Insane asylums in Bengal annual reports 1867-1875 - 1867-1875
Year: 1867
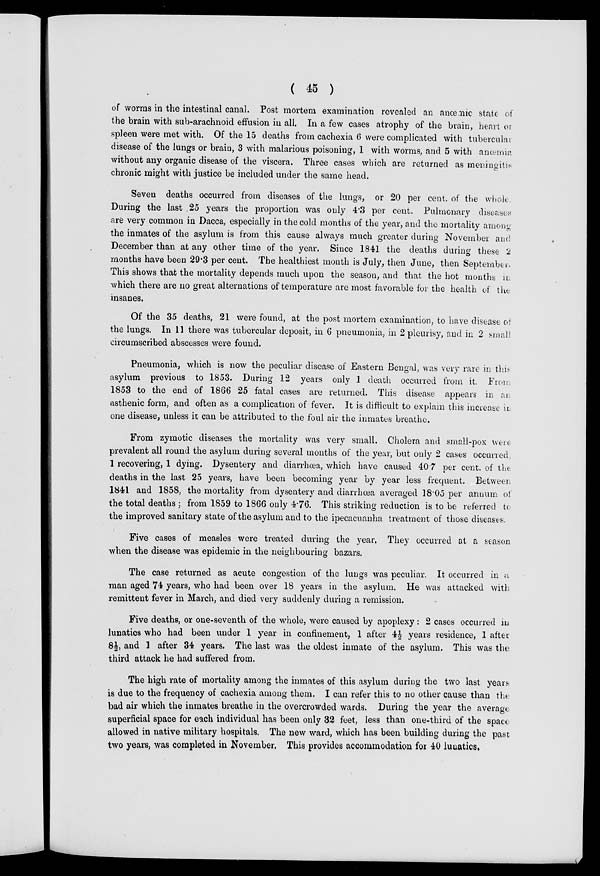
( 45 )
of worms in the intestinal canal. Post mortem examination revealed an anœmic state of
the brain with sub-arachnoid effusion in all. In a few cases atrophy of the brain, heart or
spleen were met with. Of the 15 deaths from cachexia 6 were complicated with tubercular
disease of the lungs or brain, 3 with malarious poisoning, 1 with worms, and 5 with anœmia
without any organic disease of the viscera. Three cases which are returned as meningitis
chronic might with justice be included under the same head.
Seven deaths occurred from diseases of the lungs, or 20 per cent. of the whole.
During the last .25 years the proportion was only 4.3 per cent. Pulmonary diseases
are very common in Dacca, especially in the cold months of the year, and the mortality among
the inmates of the asylum is from this cause always much greater during November and.
December than at any other time of the year. Since 1841 the deaths during these 2
months have been 29.3 per cent. The healthiest month is July, then June, then September.
This shows that the mortality depends much upon the season, and that the hot months in
which there are no great alternations of temperature are most favorable for the health of the
insanes.
Of the 35 deaths, 21 were found, at the post mortem examination, to have disease of
the lungs. In 11 there was tubercular deposit, in 6 pneumonia, in 2 pleurisy, and in 2 small
circumscribed abscesses were found.
Pneumonia, which is now the peculiar disease of Eastern Bengal, was very rare in this
asylum previous to 1853. During 12 years only 1 death occurred from it. From
1853 to the end of 1866 25 fatal cases are returned. This disease appears in an
asthenic form, and often as a complication of fever. It is difficult to explain this increase in
one disease, unless it can be attributed to the foul air the inmates breathe.
From zymotic diseases the mortality was very small. Cholera and small-pox were-
prevalent all round the asylum during several months of the year, but only 2 cases occurred,
1 recovering, 1 dying. Dysentery and diarrhœa, which have caused 40.7 per cent. of the
deaths in the last 25 years, have been becoming year by year less frequent. Between
1841 and 1858, the mortality from dysentery and diarrhœa averaged 18.05 per annum of
the total deaths ; from 1859 to 1866 only 4.76. This striking reduction is to be referred to
the improved sanitary state of the asylum and to the ipecacuanha treatment of those diseases.
Five cases of measles were treated during the year. They occurred at a season
when the disease was epidemic in the neighbouring bazars.
The case returned as acute congestion of the lungs was peculiar. It occurred in a
man aged 74 years, who had been over 18 years in the asylum. He was attacked with
remittent fever in March, and died very suddenly during a remission.
Five deaths, or one-seventh of the whole, were caused by apoplexy : 2 cases occurred in
lunatics who had been under 1 year in confinement, 1 after 4½ years residence, 1 after
8½, and 1 after 34 years. The last was the oldest inmate of the asylum. This was the
third attack he had suffered from.
The high rate of mortality among the inmates of this asylum during the two last years
is due to the frequency of cachexia among them. I can refer this to no other cause than the
bad air which the inmates breathe in the overcrowded wards. During the year the average
superficial space for each individual has been only 32 feet, less than one-third of the space
allowed in native military hospitals. The new ward, which has been building during the past
two years, was completed in November. This provides accommodation for 40 lunatics.